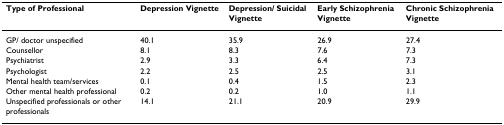
<table><thead><tr><td><b>Type of Professional</b></td><td><b>Depression Vignette</b></td><td><b>Depression/ Suicidal Vignette</b></td><td><b>Early Schizophrenia Vignette</b></td><td><b>Chronic Schizophrenia Vignette</b></td></tr></thead><tbody><tr><td>GP/ doctor unspecified</td><td>40.1</td><td>35.9</td><td>26.9</td><td>27.4</td></tr><tr><td>Counsellor</td><td>8.1</td><td>8.3</td><td>7.6</td><td>7.3</td></tr><tr><td>Psychiatrist</td><td>2.9</td><td>3.3</td><td>6.4</td><td>7.3</td></tr><tr><td>Psychologist</td><td>2.2</td><td>2.5</td><td>2.5</td><td>3.1</td></tr><tr><td>Mental health team/services</td><td>0.1</td><td>0.4</td><td>1.5</td><td>2.3</td></tr><tr><td>Other mental health professional</td><td>0.2</td><td>0.2</td><td>1.0</td><td>1.1</td></tr><tr><td>Unspecified professionals or other professionals</td><td>14.1</td><td>21.1</td><td>20.9</td><td>29.9</td></tr></tbody></table>